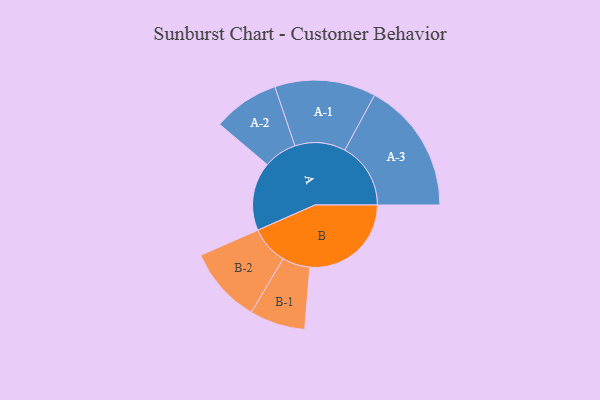
{"axis": {"x": "Segment", "y": "Value"}, "legend": ["", "A", "B"], "data": [{"x": "A", "y": 264, "type": ""}, {"x": "B", "y": 391, "type": ""}, {"x": "A-1", "y": 195, "type": "A"}, {"x": "A-2", "y": 128, "type": "A"}, {"x": "A-3", "y": 254, "type": "A"}, {"x": "B-1", "y": 107, "type": "B"}, {"x": "B-2", "y": 147, "type": "B"}]}